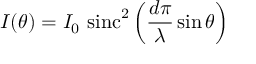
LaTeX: I ( \theta ) = I _ { 0 } \, \operatorname { s i n c } ^ { 2 } \left( { \frac { d \pi } { \lambda } } \sin \theta \right)